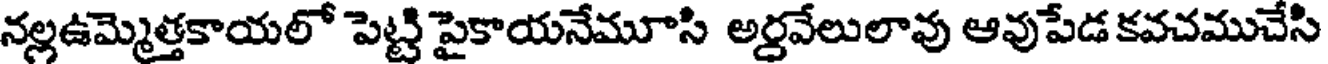
నల్లఉమ్మెత్తకాయలో పెట్టి పైకాయనేమూసి అర్ధవేలులావు ఆవుపేడ కవచముచేసి